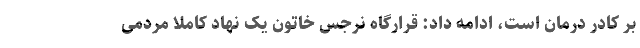
بر کادر درمان است، ادامه داد: قرارگاه نرجس خاتون یک نهاد کاملا مردمی